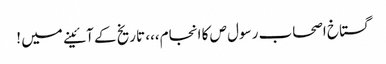
گستاخ اصحاب رسول ص کا انجام،،، تاریخ کے آئینے میں !